65_HS1-834228961_62-HQ-83894_Section_6
Agency: FBI
Page 172
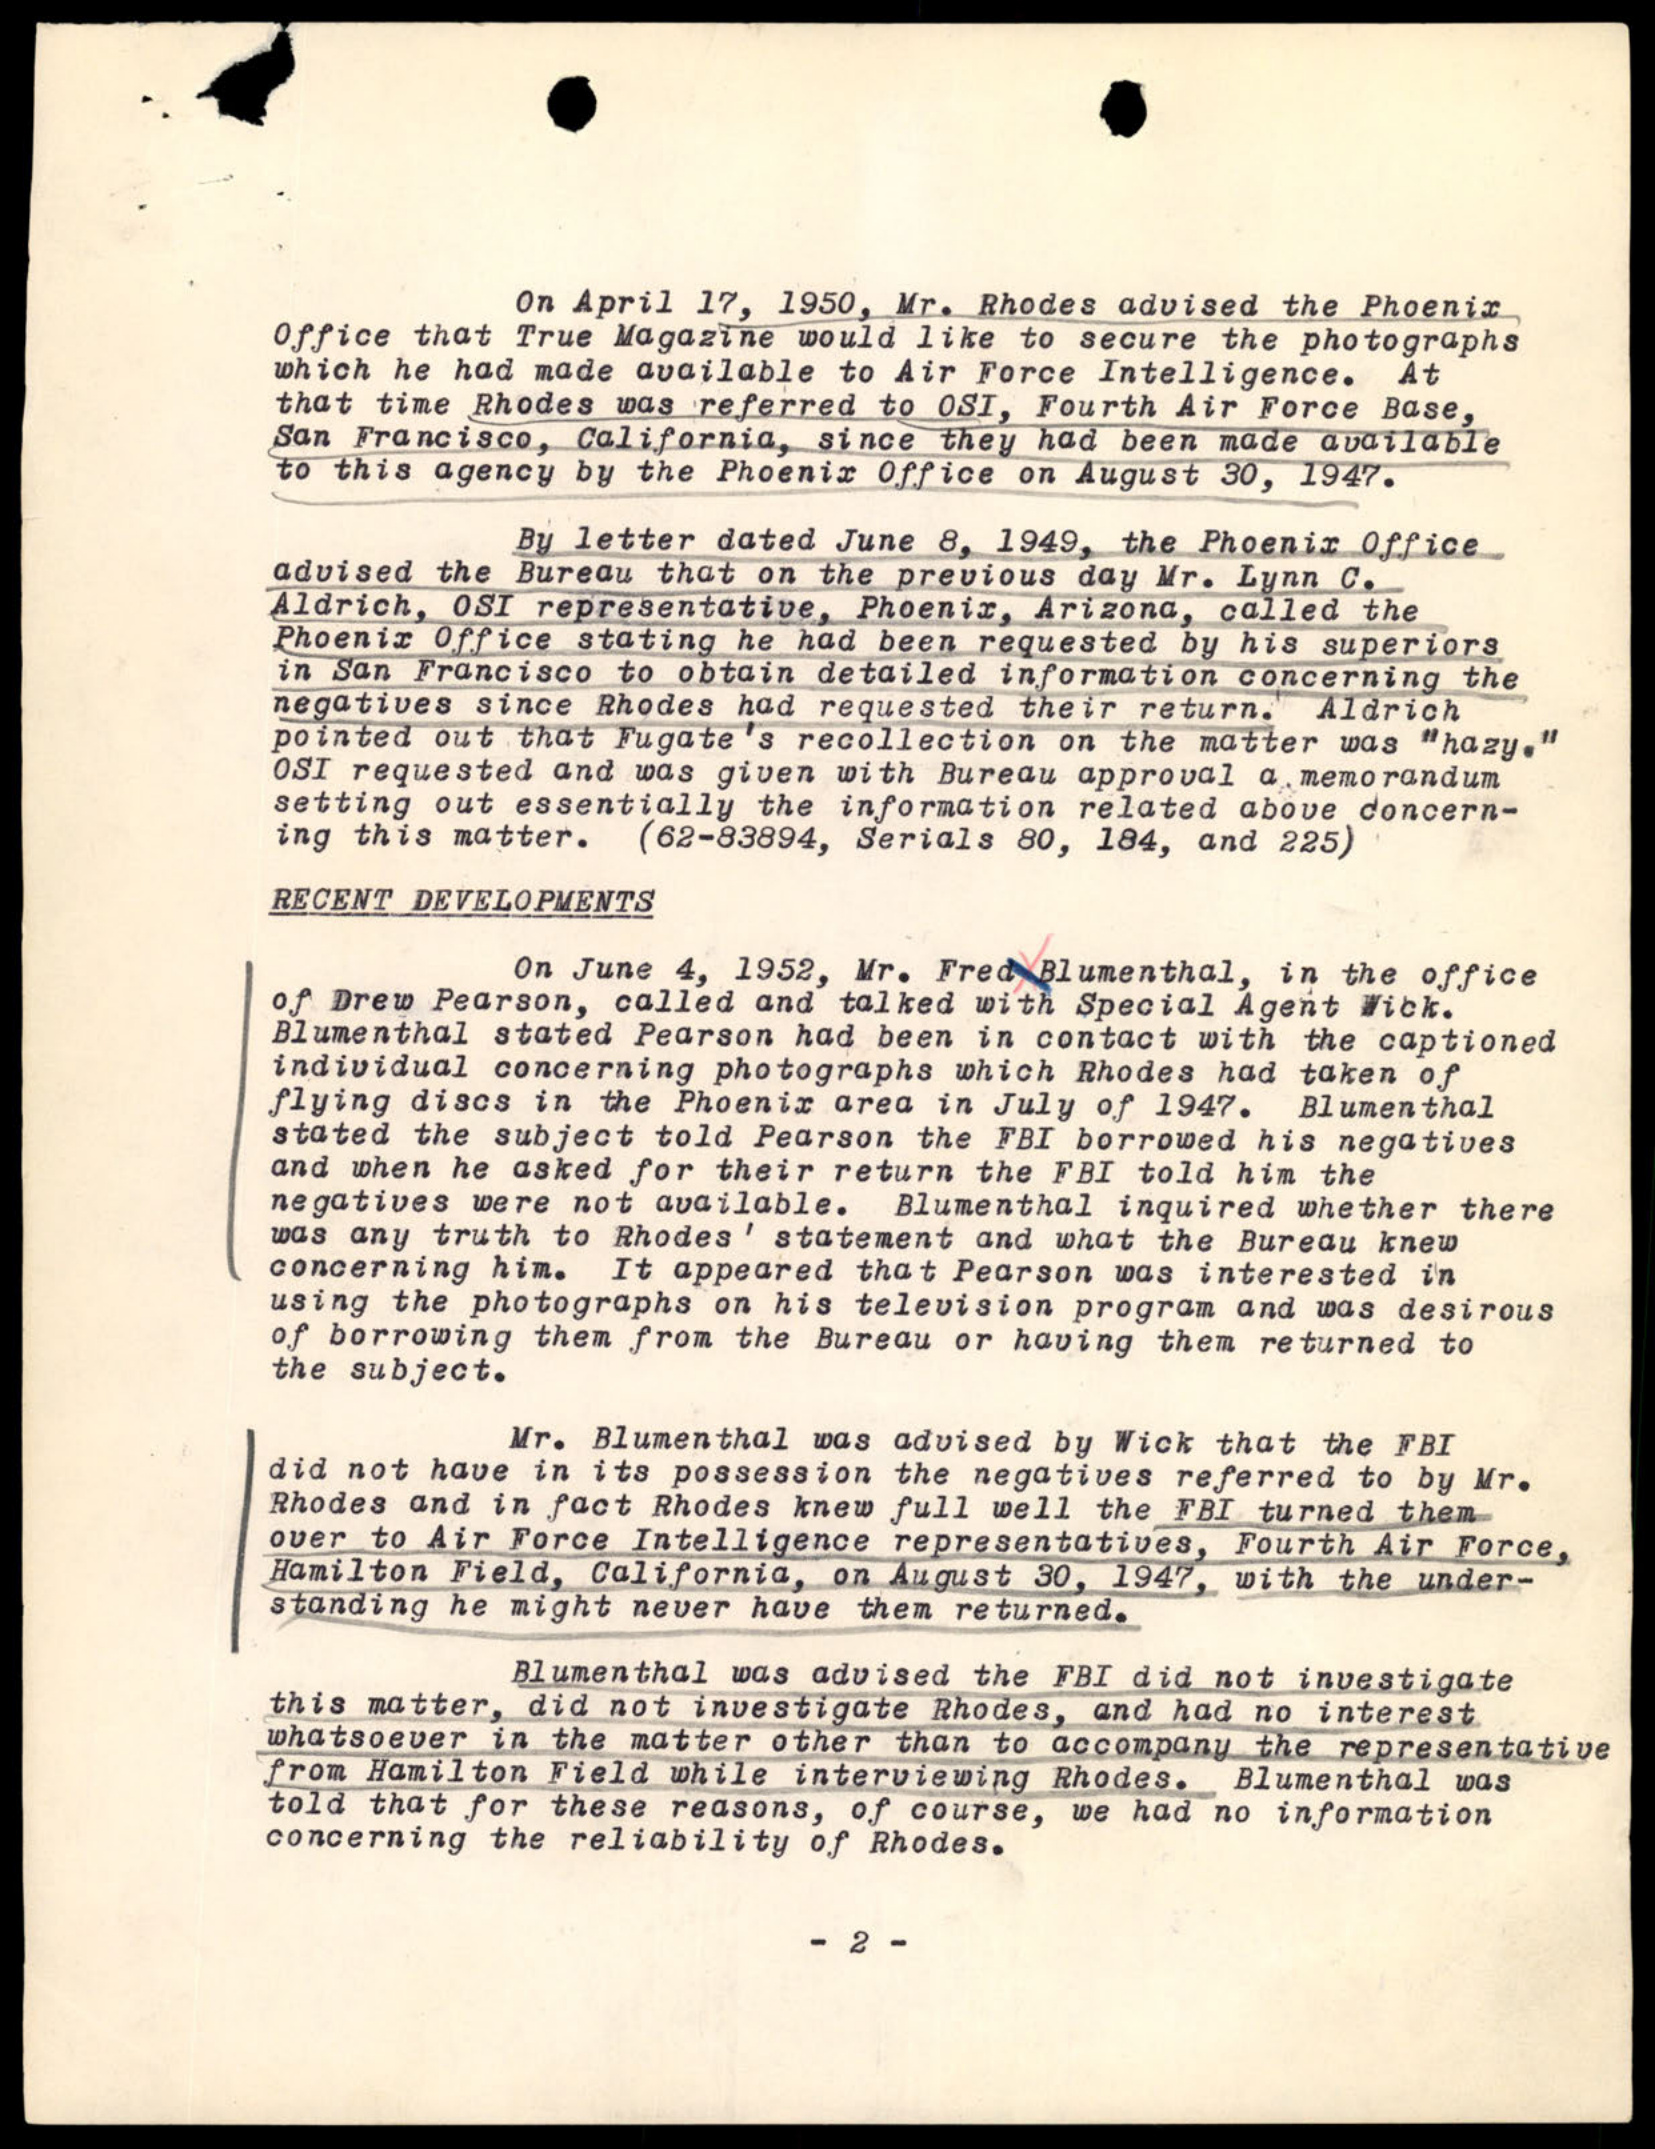